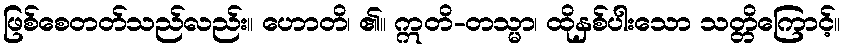
ဖြစ်စေတတ်သည်လည်း။ ဟောတိ၊ ၏။ ဣတိ-တသ္မာ၊ ထိုနှစ်ပါးသော သတ္တိကြောင့်။